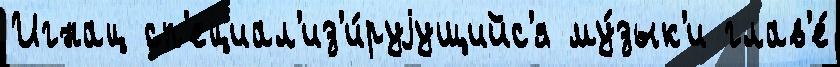
Игнац сп'ециал'из'и́руjущийс'я му́зык'и глав'е́